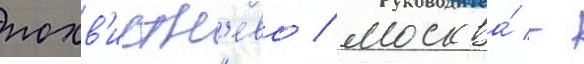
похв'истн'ево / москва́ -